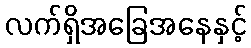
လက်ရှိအခြေအနေနှင့်